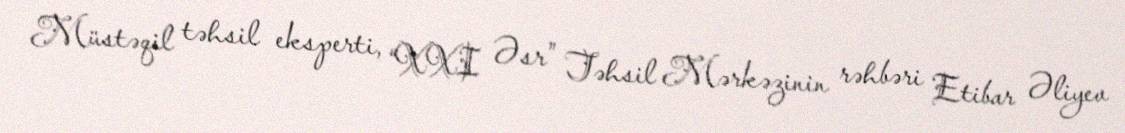
Müstəqil təhsil eksperti, “XXI Əsr” Təhsil Mərkəzinin rəhbəri Etibar Əliyev